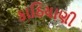
કાઠિયાણી